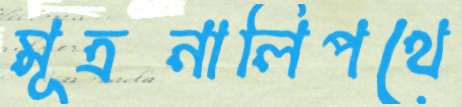
মূত্রনালিপথে